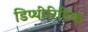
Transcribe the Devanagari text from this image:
डिप्थीरिटिक